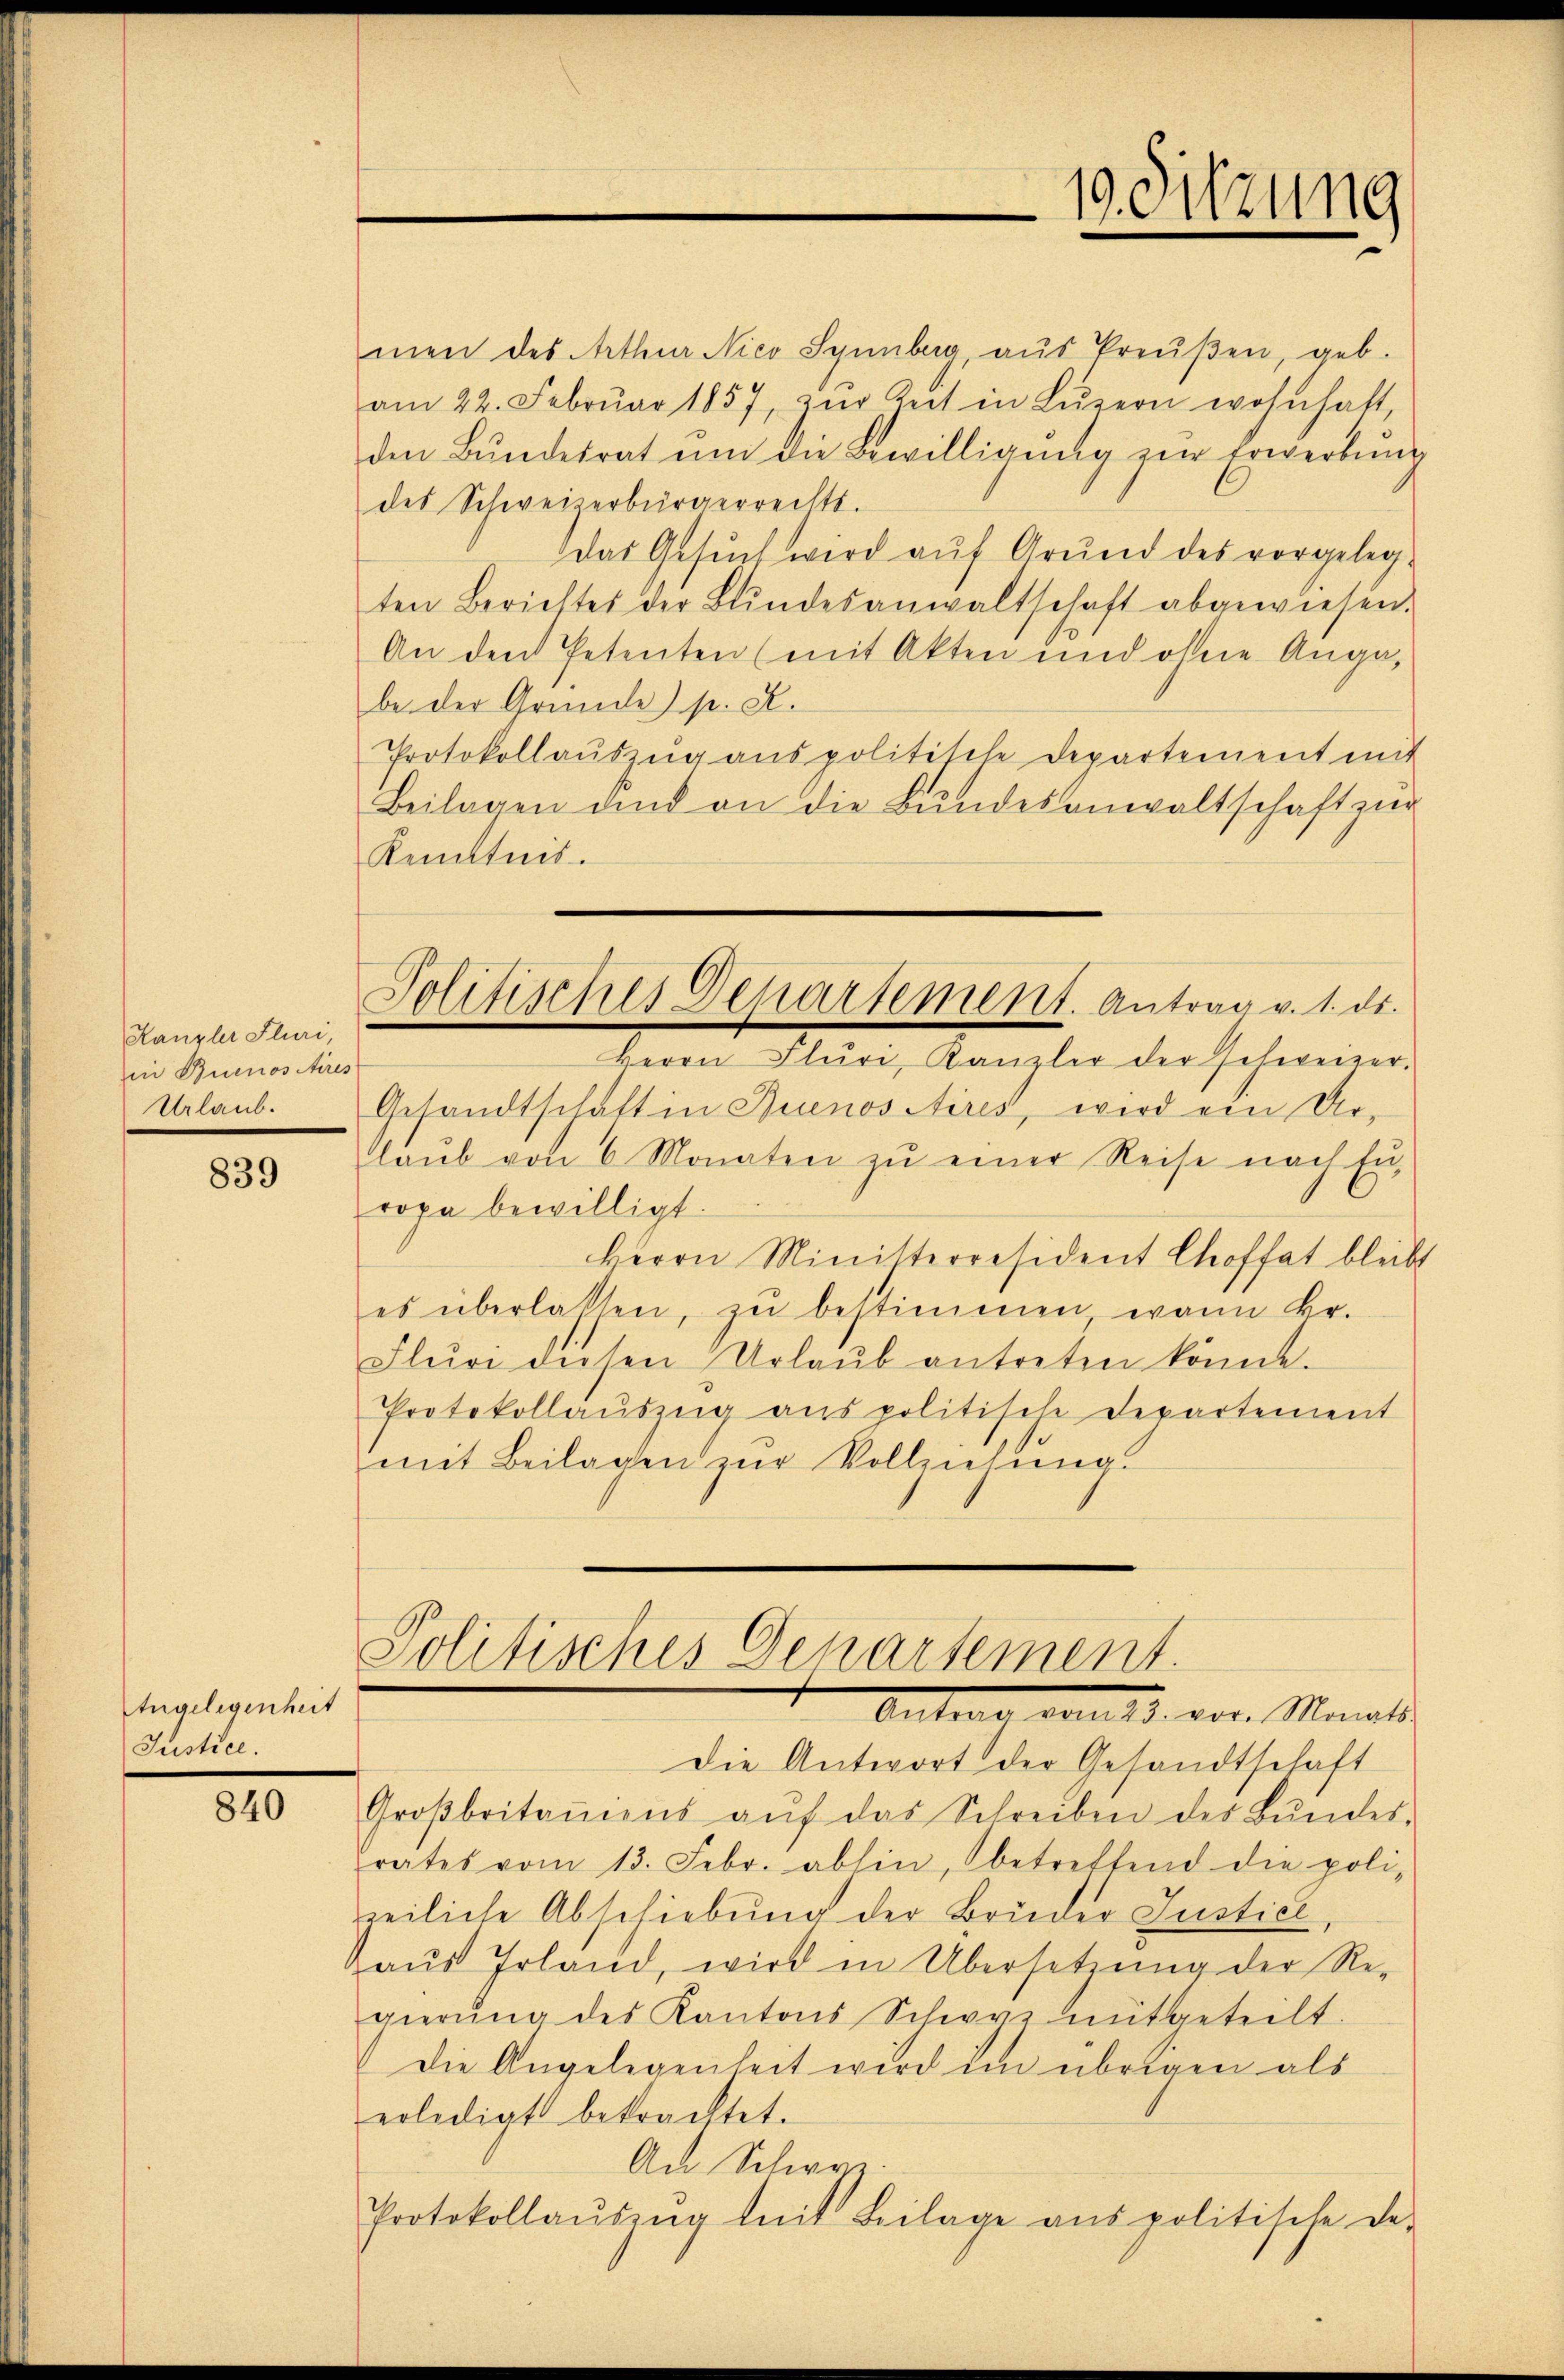
Kanzler Fluri,
in Buenos Aires
Urlaub.

839

Angelegenheit
Justice.

840

men des Arthur Nico Syunbag, aŭs Preŭβen, geb.
am 22. Febrŭar 1857, zŭr Zeit in Lŭzern wohnhaft,
den Bŭndesrat ŭm die Bewilligŭng zŭr Erwerbŭng
des Schweizerbürgerrechts.
Das Gesuch wird auf Grund des vorgelegten Berichtes der Bŭndesanwaltschaft abgewiesen.
An den Petenten (mit Akten und ohne Angabe der Grunde) p. K.
Protokollaŭszŭg aŭs politische Departement mit
Beilagen und an die Bundesanwaltschaft zur
Kenntnis.
Politisches Departement. Antrag v. 1. ds.
Herrn Fluri, Kanzler der schweizer-
Gesandtschaft in Buenositires, wird ein Ur-
laub von 6 Monaten zu einer Reise nach En-
ropa bewilligt.
Herrn Ministerresident Choffat bleibt
es überlassen, zŭ bestimmen wann Fr.
Flŭri diesen Urlaŭb antreten könne.
Protokollaŭszŭg anspolitische Departement
mit Beilagen zŭr Vollziehung.

9. Sitzung

Politisches Departement.
Antrag vom 15. vor. Monati

Die Antwort der Gesandtschaft
Groβbritamens aŭf das Schreiben des Bŭndes-
rates vom 13. Febr. abhin, betreffend die poli-
reiliche Abschiebung der Brüder Justicl
aŭs Irland, wird in Übersetzung der Re-
gierŭng des Kantons Schwyz mitgeteilt.
Die Angelegenheit wird im übrigen als
erledigt betrachtet.
An Schwyz
Protokollaŭszŭg mit Beilage ans politische De-